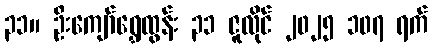
၃၁။ ဦးကျော်ရွှေထွန်း ၃၁ ဇူလိုင် ၂၀၂၅ ၁၀၇ ရက်